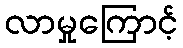
လာမှုကြောင့်